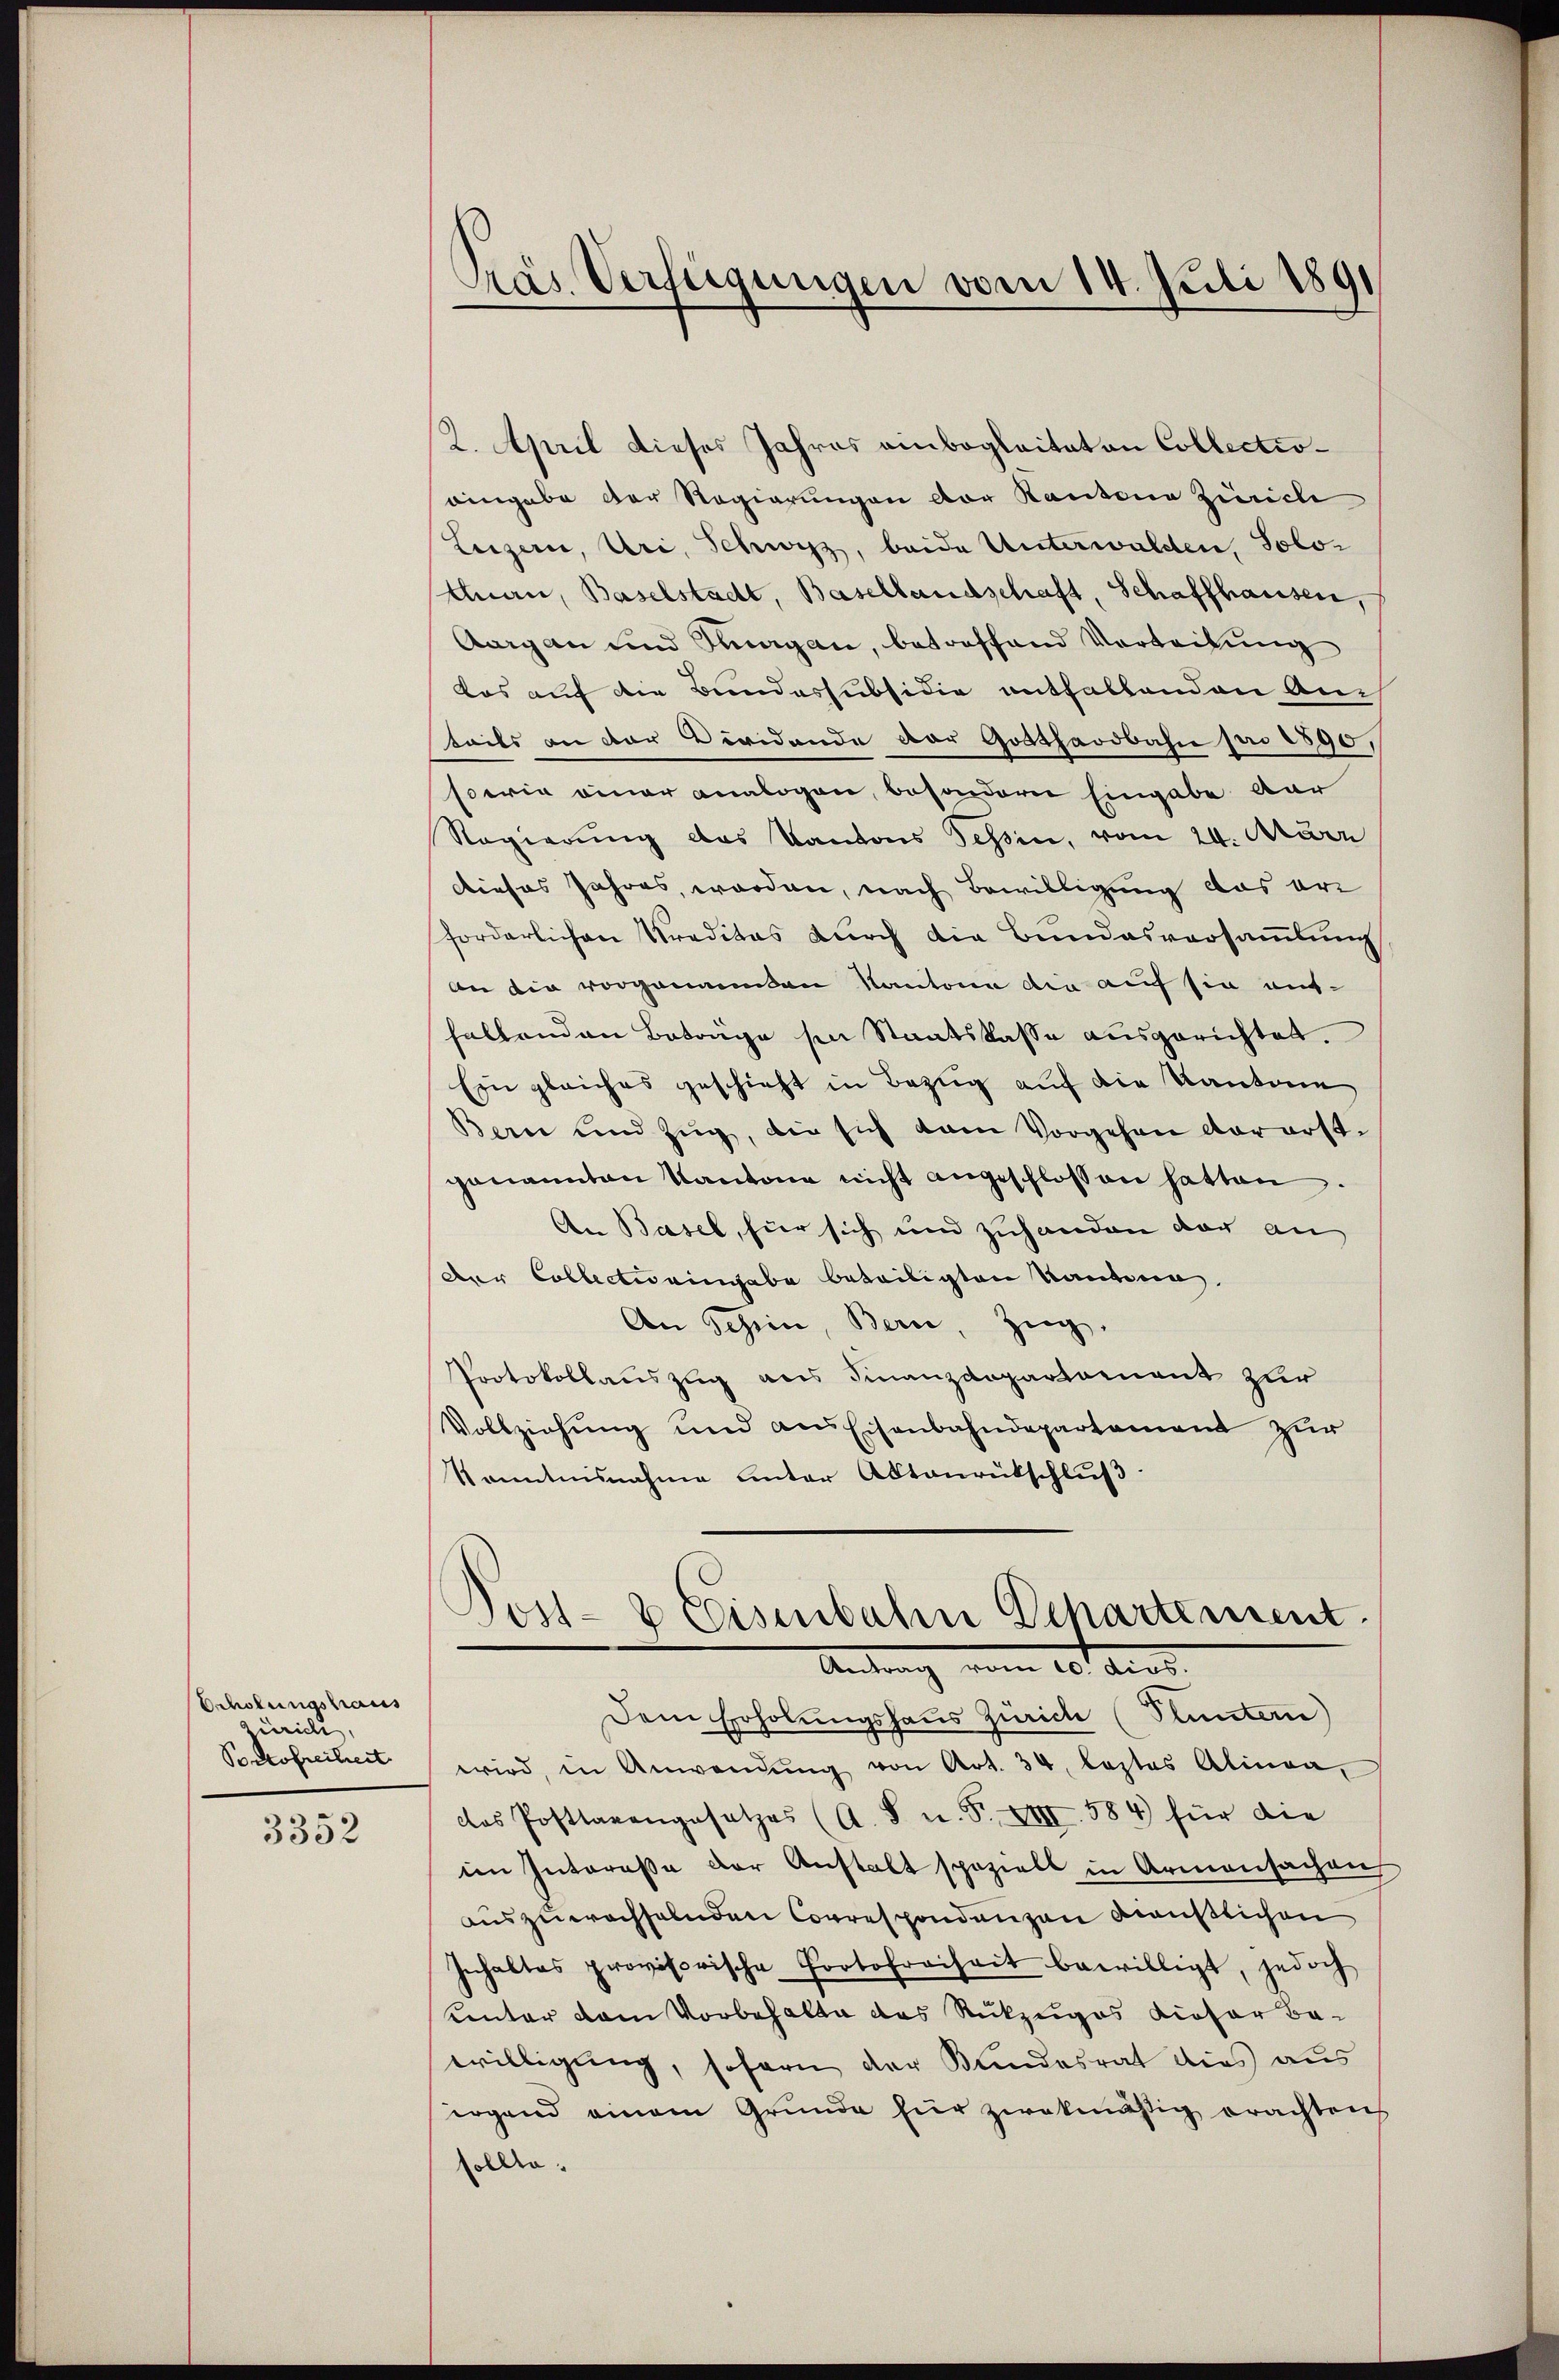
Erholungshaus
ürieli,
Portofreiheit

3352

2. April dieses Jahres einbeglaitat an Collectioaingabe der Regierungen der Kantone Zürich
Luzern, Uri, Schwyz, beide Unterwalden, Solo-
Mnau, Baselstadt, Basellandschaft, Schaffhausen,
Aargau und Klagan, betroffend Vortretung
das auf die Bundessubsidie enthaltenden Anteils an der vividende der Gotthardbahn pro 1890,
sowie einer analogen, besondern Eingabe dar
Regierung des Kantons Tessin, vom 24. März
Dieses Jahres, worden, nach Bewilligung das erforderlichen Preditas durch die Bundesversammlung
An die vorgenannten Kantone die auf sie auf-
haltenden Beträge hin Staatskasse ausgerichtet.
Ein gleiches geschieht in Bezug auf die Kantone
Bern und Zug, die sich van Vorgehen vorerst-
genannten Kantone nicht angeschlossen hatten.
An Basel, für sich und zuhanden der an
Der Collectis eingabe beteiligten Kantona
An Schein, Bern, Zug,
Protokollauszug aus Finanzdepartement zur
Vollziehung und aus Eisenbahndepartament zur
Kenntnisnahme unter Aktenrütschluß

Pras Verfügungen vom 14. Juli 1891

Post- & Eisenbahn Departement.
Antrag vom 20. Art.

Dem Erholungshaus Zürich (Pluntern)
wird, in Anwendŭng von Art. 34, lastes Alinea,
das Posttarengesetzes (A. S. n. F. XVIII. 584 für die
ien Intereße der Anstalt spezielt in Armensachen
auszuwachselnden Correspondenzen draußlichen
Inhaltes provisorische Portofreiheit bewilligt, jedoch
Centor vom Vorbehalte das Rückzuges dieser Bawilligung, sofern der Bundesrat dies aus
irgend einem Grunde für zwekmäßig erachten
sollte.